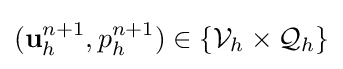
(\mathbf {u} _{h}^{n+1},p_{h}^{n+1})\in \{{\mathcal {V}}_{h}\times {\mathcal {Q}}_{h}\}